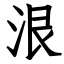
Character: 泿